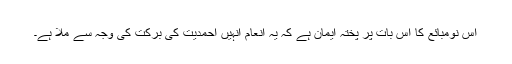
اس نومبائع کا اس بات پر پختہ ایمان ہے کہ یہ انعام انہیں احمدیت کی برکت کی وجہ سے ملا ہے۔